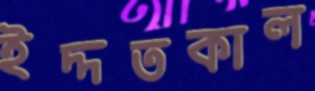
ইদ্দতকাল